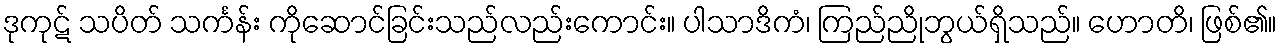
ဒုကုဋ် သပိတ် သင်္ကန်း ကိုဆောင်ခြင်းသည်လည်းကောင်း။ ပါသာဒိကံ၊ ကြည်ညိုဘွယ်ရှိသည်။ ဟောတိ၊ ဖြစ်၏။